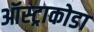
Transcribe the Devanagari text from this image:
ऑस्ट्राकोडा